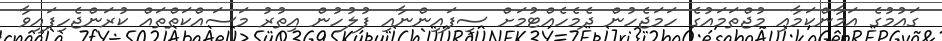
ގައުމުގެ އަމާންކަމާއި މުޖްތަމައުގެ ހަމަޖެހުން ދެމެހެއްޓުމަށް ސިފައިންނާއި ފުލުހުން އިތުރު މަސައްކަތްތައް ކުރަންޖެހިފައިވާ